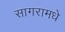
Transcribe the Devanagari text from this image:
सागरामधे